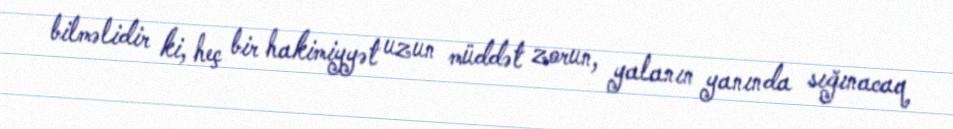
bilməlidir ki, heç bir hakimiyyət uzun müddət zorun, yalanın yanında sığınacaq